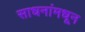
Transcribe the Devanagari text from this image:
साधनांमधून